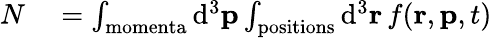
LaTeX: \begin{array}{rl}{N}&{{}=\int_{\mathrm{momenta}}{\mathrm{d}}^{3}\mathbf{p}\int_{\mathrm{positions}}{\mathrm{d}}^{3}\mathbf{r}\, f(\mathbf{r},\mathbf{p},t)}\end{array}